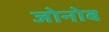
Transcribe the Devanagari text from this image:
जोनोब